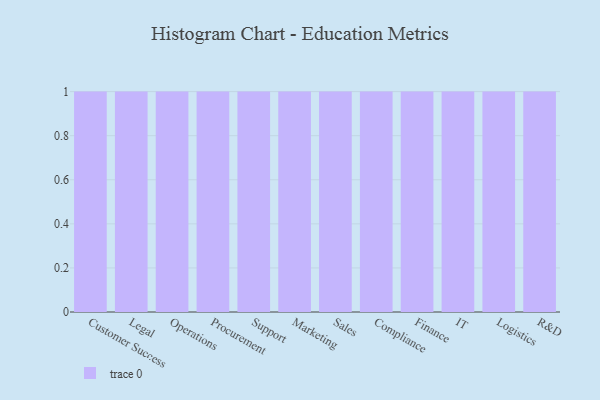
{"axis": {"x": "Department", "y": "Conversion Rate (%)"}, "legend": [""], "data": [{"x": "Customer Success", "y": 100, "type": ""}, {"x": "Legal", "y": 21, "type": ""}, {"x": "Operations", "y": 12, "type": ""}, {"x": "Procurement", "y": 55, "type": ""}, {"x": "Support", "y": 45, "type": ""}, {"x": "Marketing", "y": 82, "type": ""}, {"x": "Sales", "y": 47, "type": ""}, {"x": "Compliance", "y": 89, "type": ""}, {"x": "Finance", "y": 84, "type": ""}, {"x": "IT", "y": 87, "type": ""}, {"x": "Logistics", "y": 61, "type": ""}, {"x": "R&D", "y": 84, "type": ""}]}